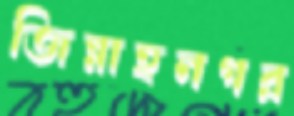
জিন্নাহনগর